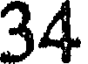
34